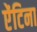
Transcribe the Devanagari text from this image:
ऐंटिना